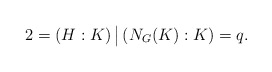
\begin{align*}2 = (H:K)\, \big\vert\, (N_G(K):K) = q. \end{align*}